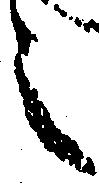
之